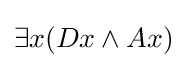
\exists x(Dx\land Ax)